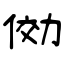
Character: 俲